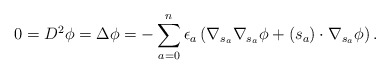
\begin{align*}0 = {D}^2 \phi = \Delta \phi = -\sum_{a=0}^n \epsilon_a \left( \nabla_{s_a} \nabla_{s_a} \phi + (s_a) \cdot \nabla_{s_a} \phi \right). \end{align*}